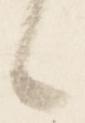
候